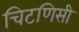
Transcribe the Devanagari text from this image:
चिटणिसी